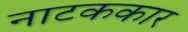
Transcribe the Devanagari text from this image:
नाटककार